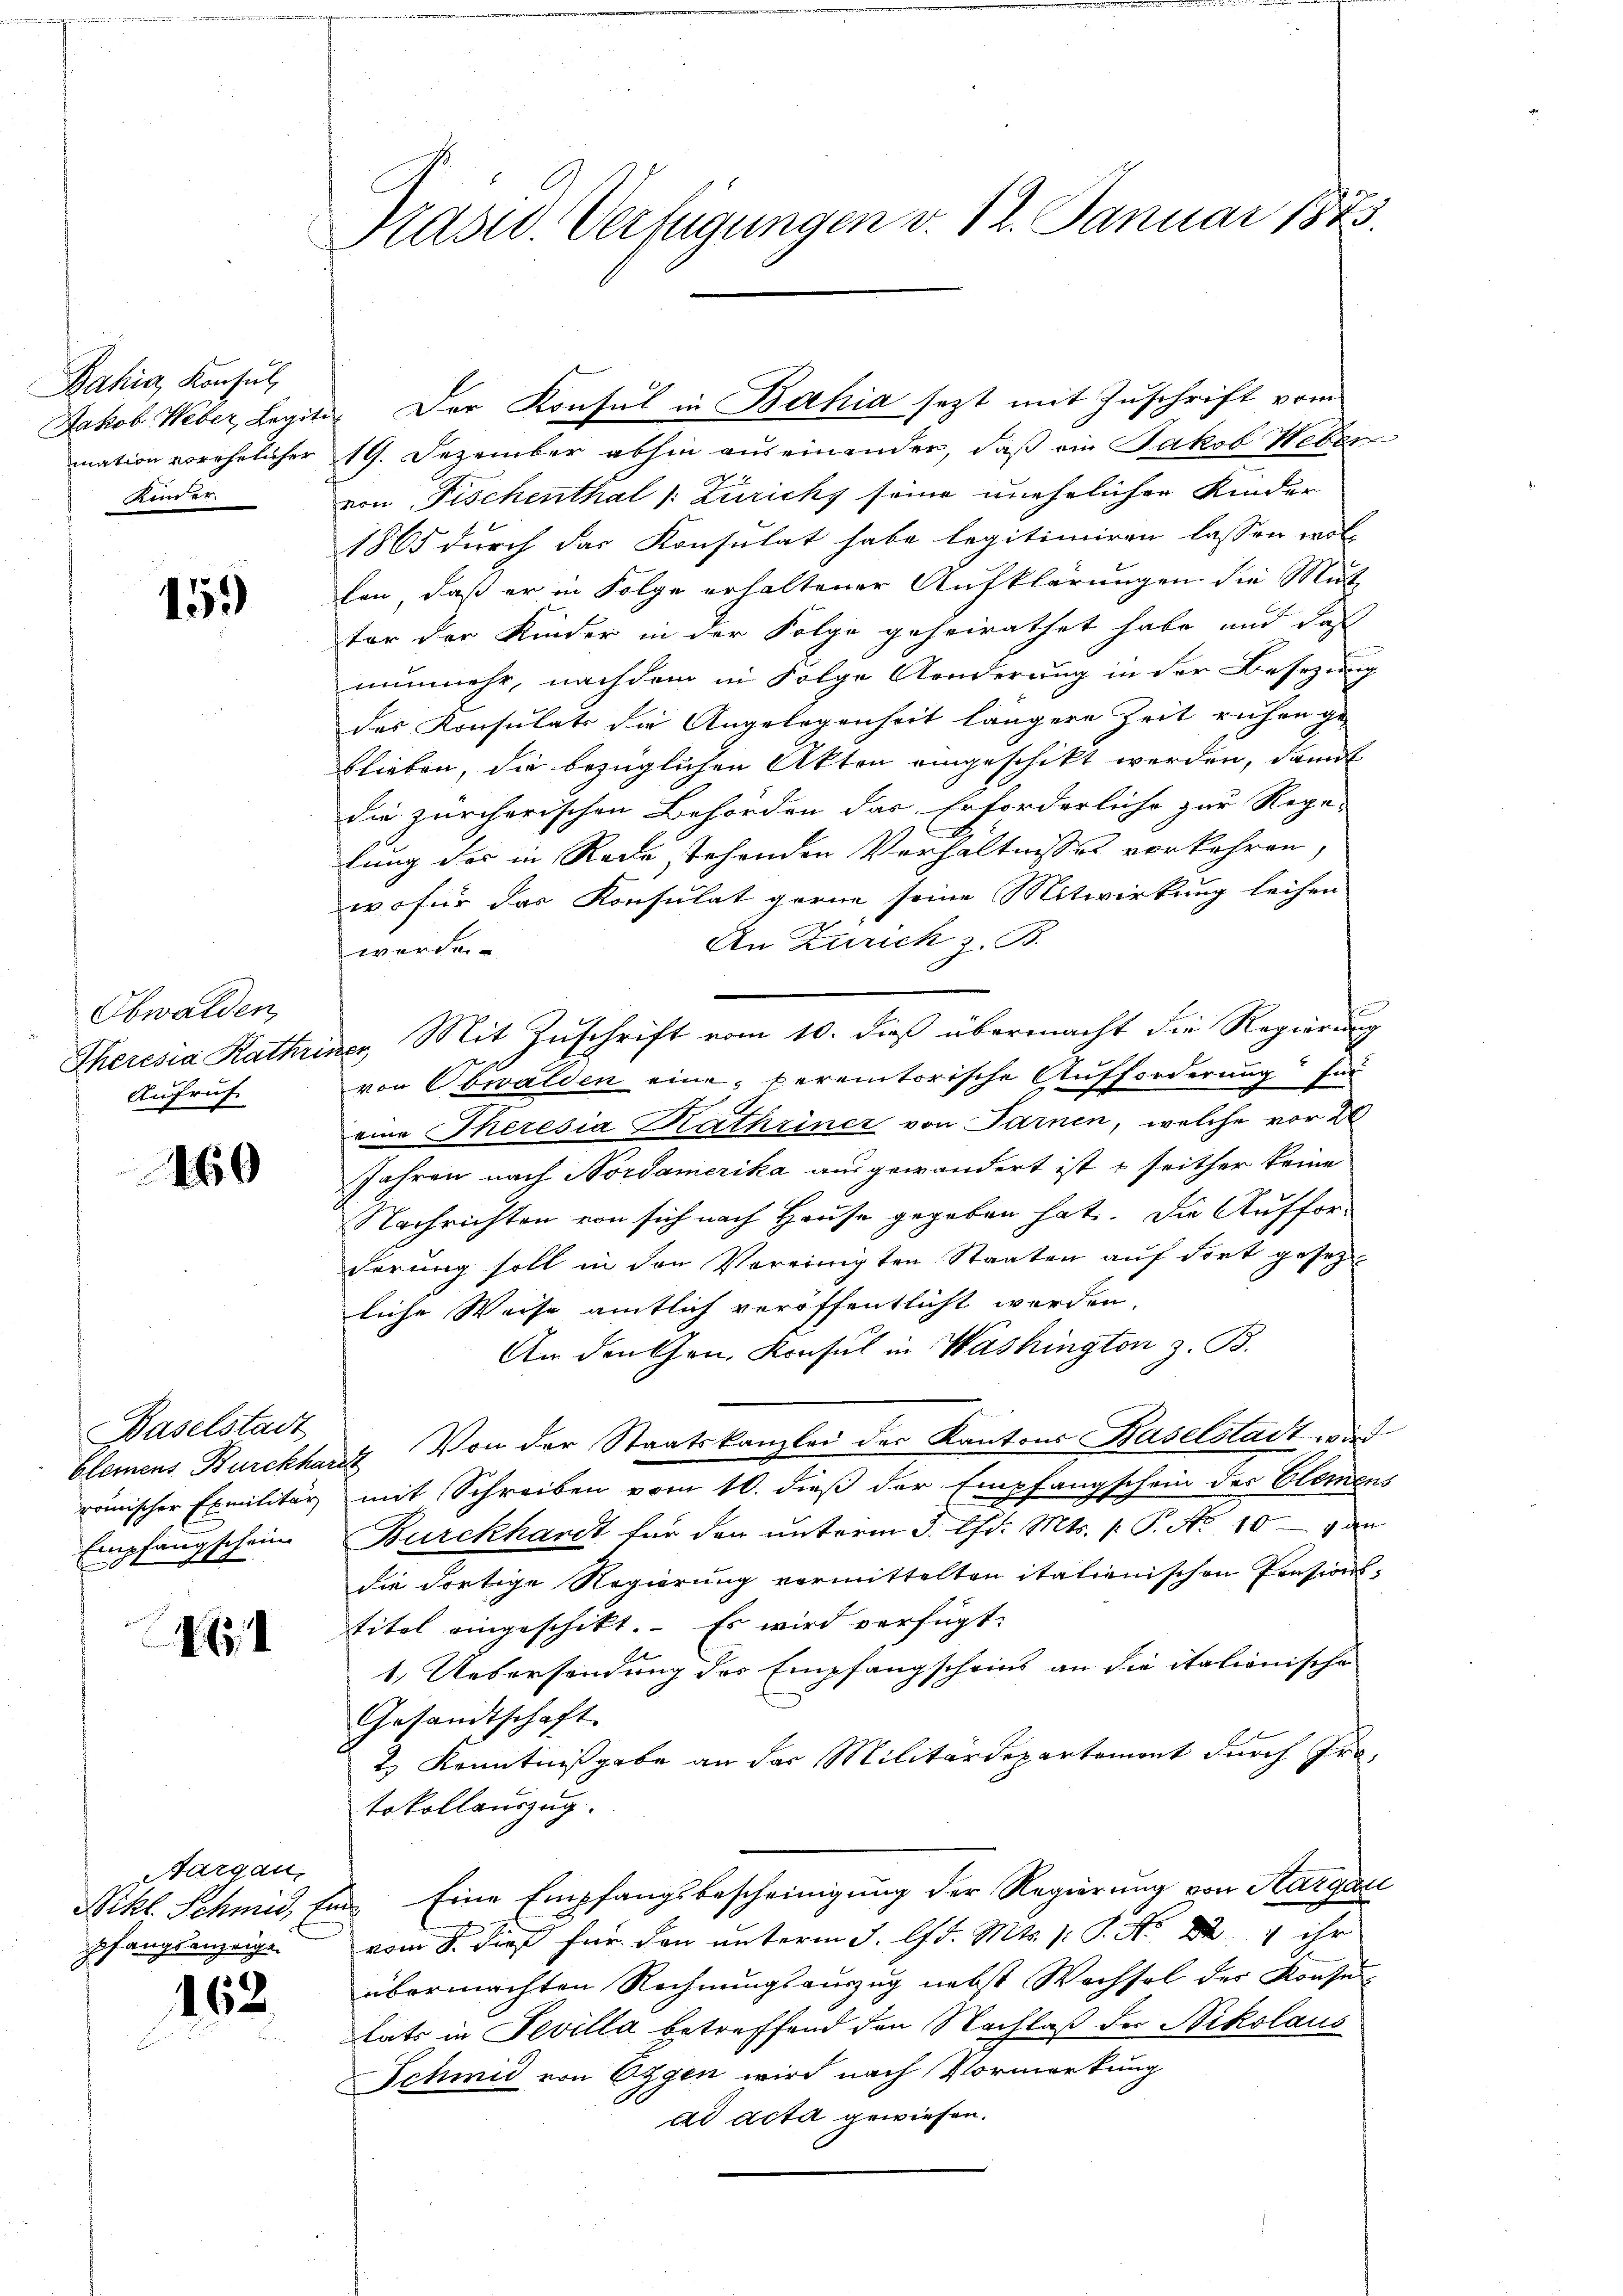
Bahia Konsul
Jakob Weber, Legit
mation vorehelicher
Kinder.

159)

Obwalden,
Theresia Rathe
Aufruf

460

Baselstadt
römischer Exmilitär
Empfang schein

I

Aargau,
pfangsanzeige

162.

Präsid. Verfügungen v. 12. Januar 1873.

19. Dezember abhin auseinander, daß ein Jakob Weber
von Fischenthal /: Zürich seine unehelichen Kinder
1865 durch das Konsulat habe legitimiren lassen wol-
len, daß er in Folge erhaltener Aufklärungen die Mutt
ter der Kinder in der Folge geheirathet habe, und daß
nunmehr, nachdem in Folge Aenderung in der Besezung
des Konsulats die Angelegenheit längere Zeit ruhen ge-
blieben, die bezüglichen Akten eingeschikt werden, damit
die zürcherischen Behörden das Erforderliche zur Rege-
tung des in Rede stehenden Verhältnisses vorkehren,
wofür das Konsulat gerne seine Mitwirkung leihen
An Zürich z. B.
werden.
a. Mit Zuschrift vom 10. dieß übermacht die Regierung
von Obwalden eine bereintorische Aufforderung für
eine Theresia Kathriner von Farnen, welche vor 2
Jahren nach Nordamerika ausgewandert ist & seither keine
Nachrichten von sich nach Hause gegeben hat. Die Auffor-
derung soll in den Vereinigten Staaten auf dort gesezliche Weise amtlich veröffentlicht werden.
An den Hrn. Konsul in Washington z. B.
blemens Burckhart. Von der Staatskanzlei der Kantons Baselstadt wird
mit Schreiben vom 10. dieß der Empfangschein des Elemens
Burckhardt für den unterm 3. Chr. Mts. 1. P. No 10 — 9 an
die dortige Regierung vermittelten italienischen Pensionstitel eingeschikt. Es wird verfügt:
1. Uebersendung des Empfangscheins an die italienische
Gesandtschaft.
2) Kenntnißgabe an der Militärdepartemont durch Iratokollauszug.
Nikl. Schmid, Ein Eine Empfangsbescheinigung der Regierung von Aargau
h
vom 8. dieß für den unterm 3. lfd. Mts. v. P. Nr. 82. 5 ihr
übermachten Rechnungsauszug nebst Wachsel der Konse
tats in Fevilla betreffend den Nachlaß der Nikolaus
Schmid von Eigen wird nach Vormerkung
ad acta gewiesen.

Der Konsul in Bahia jezt mit Zuschrift vom